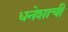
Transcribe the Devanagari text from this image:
धनेशाची